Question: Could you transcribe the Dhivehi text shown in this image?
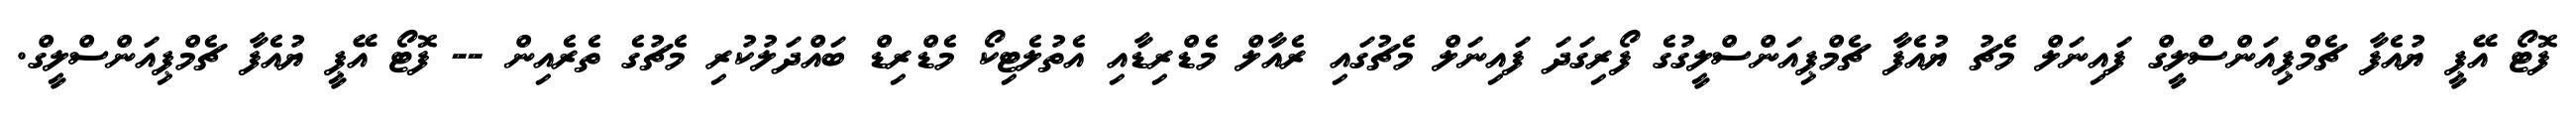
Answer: ފޮޓޯ އޭޕީ ޔުއެފާ ޗެމްޕިއަންސްލީގް ފައިނަލް މެޗު ޔުއެފާ ޗެމްޕިއަންސްލީގުގެ ފޯރިގަދަ ފައިނަލް މެޗުގައި ރެއާލް މެޑްރިޑާއި އެތުލެޓިކޯ މެޑްރިޑް ބައްދަލުކުރި މެޗުގެ ތެރެއިން -- ފޮޓޯ އޭޕީ ޔުއެފާ ޗެމްޕިއަންސްލީގް.